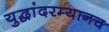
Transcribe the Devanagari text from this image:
युद्धांदरम्यानच